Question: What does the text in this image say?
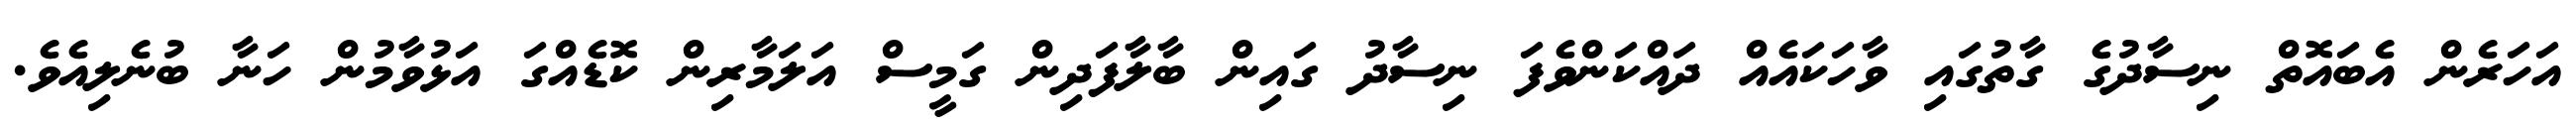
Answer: އަހަރެން އެބައޮތް ނިސާދުގެ ގާތުގައި ވާހަކައެއް ދައްކަންވެފަ ނިސާދު ގައިން ބާލާފަދިން ގަމީސް އަލަމާރިން ކޮޑެއްގަ އަޅުވާމުން ހަނާ ބުނެލިއެވެ.